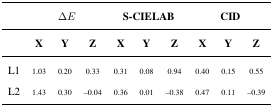
<table><thead><tr><td></td><td colspan="3"><b>Δ<i>E</i></b></td><td colspan="3"><b>S-CIELAB</b></td><td colspan="3"><b>CID</b></td></tr><tr><td></td><td><b>X</b></td><td><b>Y</b></td><td><b>Z</b></td><td><b>X</b></td><td><b>Y</b></td><td><b>Z</b></td><td><b>X</b></td><td><b>Y</b></td><td><b>Z</b></td></tr></thead><tbody><tr><td>L1</td><td>1.03</td><td>0.20</td><td>0.33</td><td>0.31</td><td>0.08</td><td>0.94</td><td>0.40</td><td>0.15</td><td>0.55</td></tr><tr><td>L2</td><td>1.43</td><td>0.30</td><td>–0.04</td><td>0.36</td><td>0.01</td><td>–0.38</td><td>0.47</td><td>0.11</td><td>–0.39</td></tr></tbody></table>